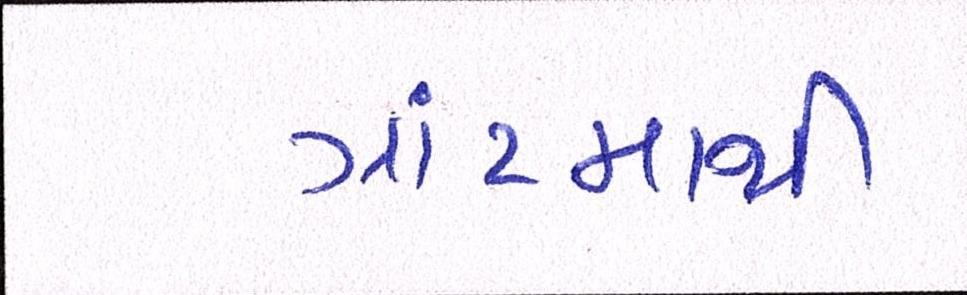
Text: ગ્રાંટમાથી